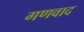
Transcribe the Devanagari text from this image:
गणवाद